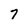
Character: 7